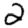
Digit: 2